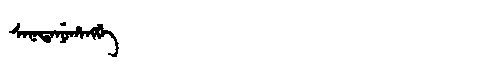
Manchu: ᠰᠠᡴᡩᠠᠨᡠᡥᠠᠩᡤᡝ
Romanization: SAKDANUHANGGE